画像に写った文字を読んでください
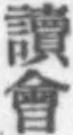
「讀會」と書いてあります